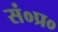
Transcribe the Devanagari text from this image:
सं०प्र०